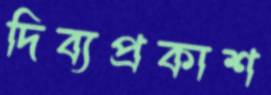
দিব্যপ্রকাশ